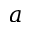
a